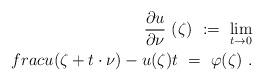
LaTeX: \begin{align*}\frac{\partial u}{\partial \nu}\ (\zeta)\ :=\ \lim_{t\to 0}\\frac{u(\zeta+t\cdot\nu)-u(\zeta)}{t}\ =\ \varphi(\zeta)\ .\end{align*}